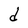
Character: d